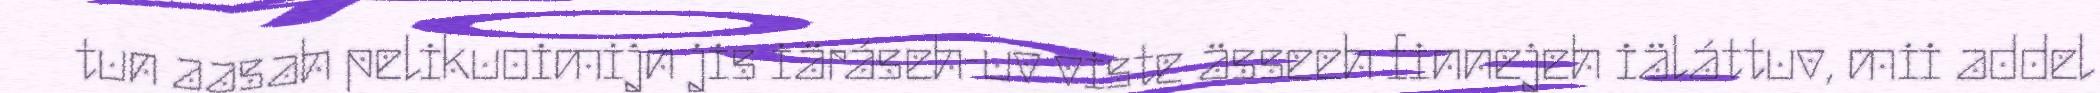
tun aasah pelikuoimijn jis iäráseh-uv viste ässeeh finnejeh iäláttuv, mii addel